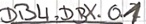
Text: DB4.DBX.01